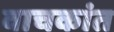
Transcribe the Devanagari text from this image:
वाचकांत